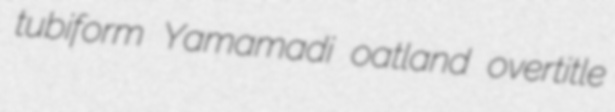
tubiform Yamamadi oatland overtitle